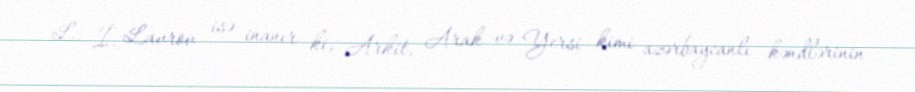
L. İ. Lavrov isə inanır ki, Arkit, Arak və Yersi kimi azərbaycanlı kəndlərinin